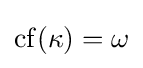
\mathrm {cf} (\kappa )=\mathrm {\omega }